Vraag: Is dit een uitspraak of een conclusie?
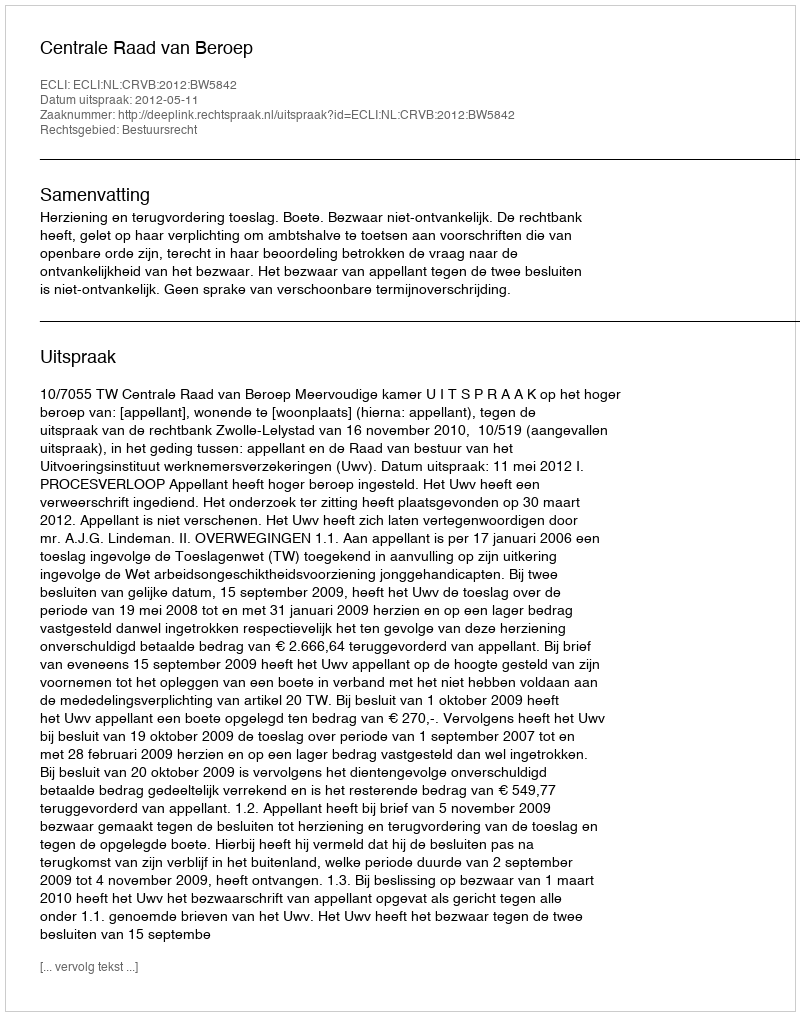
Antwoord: Uitspraak